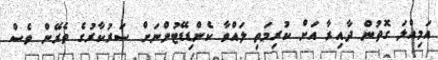
އަމިއްލަ ގޮތުން ދާއިރާ އަށް ކުރިމަތި ލައްވާ ކެންޑިޑޭޓުންނަށް ސަރުކާރުގެ ތެރޭން ވެސް